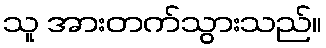
သူ အားတက်သွားသည်။